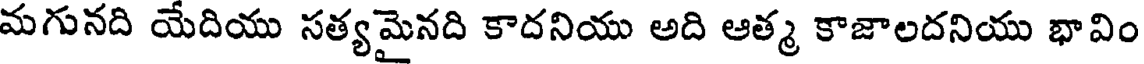
మగునది యేదియు సత్యమైనది కాదనియు అది ఆత్మ కాజాలదనియు భావిం